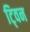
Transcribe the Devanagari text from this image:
टि्वन